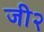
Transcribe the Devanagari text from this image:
जी२